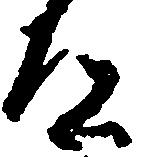
道